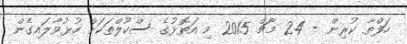
ހަފްތާ ކުރިން - 24 މާޗް 2015 މި އަތޮޅުގެ ސްކޫލްތަކަށް ހުޅުވާލައިގެން